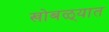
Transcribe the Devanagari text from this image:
खोबळ्यात